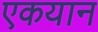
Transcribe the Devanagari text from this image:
एकयान